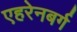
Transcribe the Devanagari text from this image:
एहरेनबर्ग